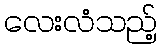
လေးလံသည့်